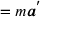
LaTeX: = m { \boldsymbol { a ^ { \prime } } }